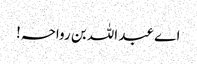
اے عبد اللہ بن رواحہ!